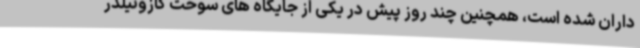
داران شده است، همچنین چند روز پیش در یکی از جایگاه های سوخت گازوئیلدر